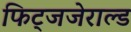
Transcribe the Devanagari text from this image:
फिट्जजेराल्ड